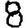
Digit: 8